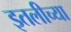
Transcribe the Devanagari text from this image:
इतलीच्या